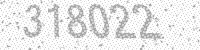
Solution: 318022